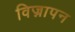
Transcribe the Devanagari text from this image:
विज्नापन